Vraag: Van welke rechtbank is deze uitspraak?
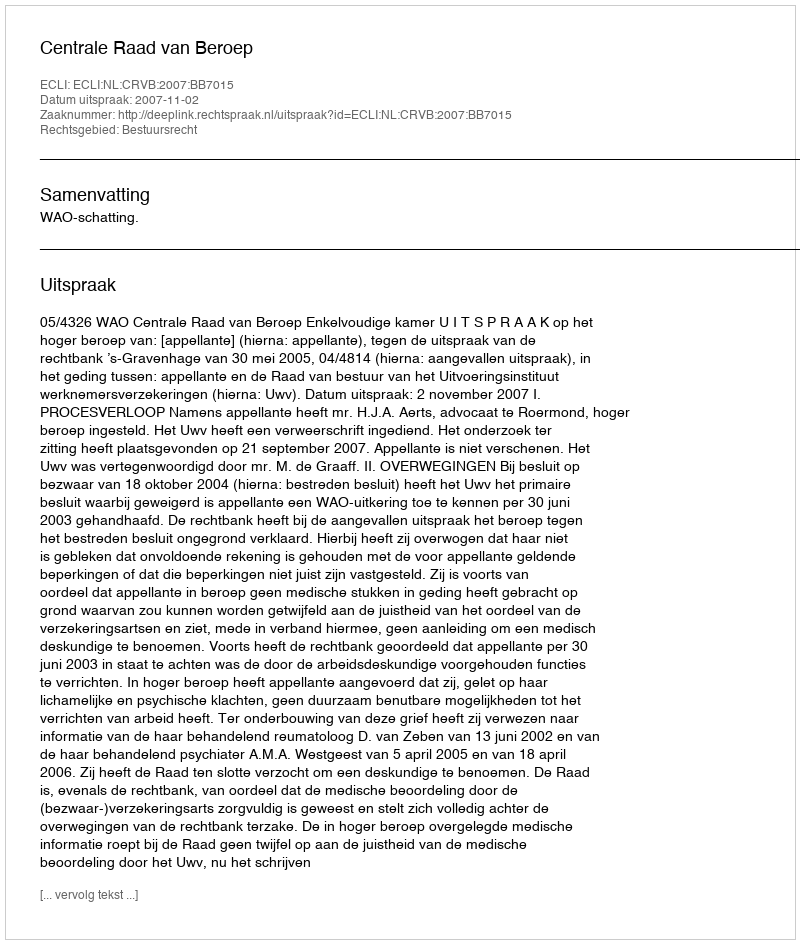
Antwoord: Centrale Raad van Beroep